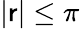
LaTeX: \vert\mathsf{r}\vert\leq\pi